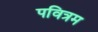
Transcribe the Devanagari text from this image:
पवित्रम